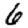
Digit: 6